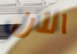
الآن